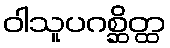
ဝါသူပဂစ္ဆိတ္ထ